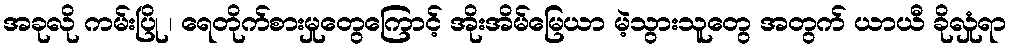
အခုလို ကမ်းပြို ၊ ရေတိုက်စားမှုတွေကြောင့် အိုးအိမ်မြေယာ မဲ့သွားသူတွေ အတွက် ယာယီ ခိုလှုံရာ